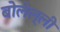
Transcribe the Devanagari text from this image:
बोलेल्ली